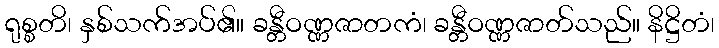
ရုစ္စတိ၊ နှစ်သက်အပ်၏။ ခန္တီဝဏ္ဏဇာတကံ၊ ခန္တီဝဏ္ဏဇာတ်သည်။ နိဋ္ဌိတံ၊